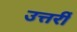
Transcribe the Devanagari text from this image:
उत्तर्री